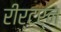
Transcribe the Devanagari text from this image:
रीर्टर्न